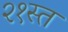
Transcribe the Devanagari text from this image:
२१स्त